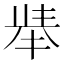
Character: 𱑏